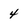
Character: 4